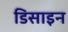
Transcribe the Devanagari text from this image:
डिसाइन